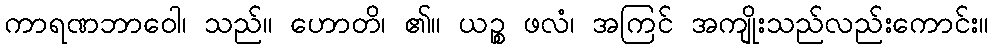
ကာရဏဘာဝေါ၊ သည်။ ဟောတိ၊ ၏။ ယဉ္စ ဖလံ၊ အကြင် အကျိုးသည်လည်းကောင်း။